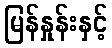
မြန်နှုန်းနှင့်